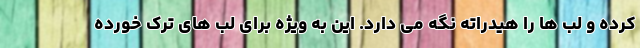
کرده و لب ها را هیدراته نگه می دارد. این به ویژه برای لب های ترک خورده